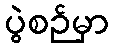
ပွဲစဉ်မှာ